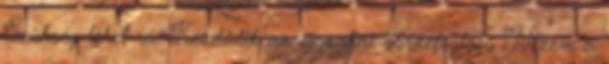
Szükség lehet rá. Kezdődik az éjszakai összefoglaló Nézem a